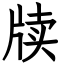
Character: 牍